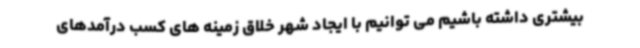
بیشتری داشته باشیم می توانیم با ایجاد شهر خلاق زمینه های کسب درآمدهای